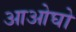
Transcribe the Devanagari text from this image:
आओघो